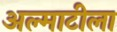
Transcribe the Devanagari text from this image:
अल्माटीला